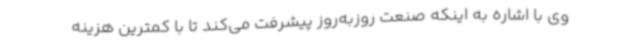
وی با اشاره به اینکه صنعت روزبه‌روز پیشرفت می‌کند تا با کمترین هزینه